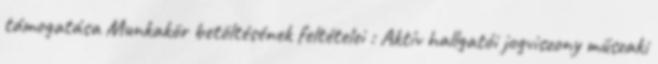
támogatása Munkakör betöltésének feltételei : Aktív hallgatói jogviszony műszaki